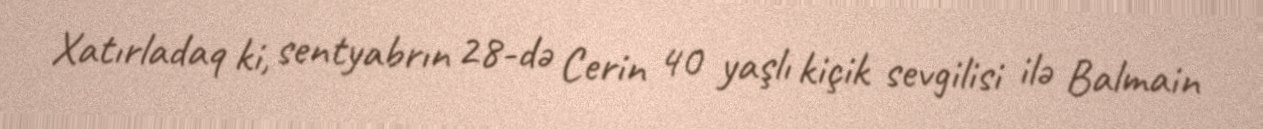
Xatırladaq ki, sentyabrın 28-də Cerin 40 yaşlı kiçik sevgilisi ilə Balmain